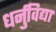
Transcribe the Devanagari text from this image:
धर्नुविद्या